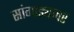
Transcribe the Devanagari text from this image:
सांगाड्यावर